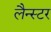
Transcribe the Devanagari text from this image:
लैन्स्टर